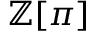
\mathbb { Z } [ \pi ]